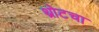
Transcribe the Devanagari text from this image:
थ्रोटचा